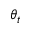
\theta _ { t }